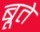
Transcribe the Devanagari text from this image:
ब्रूते